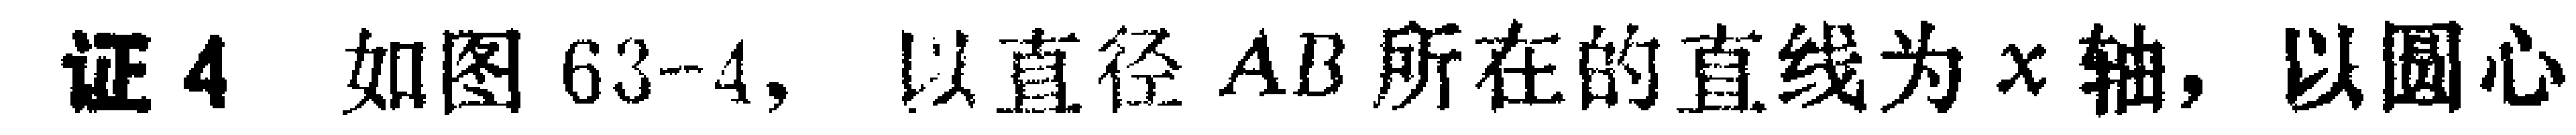
证4 如图63-4, 以直径 \(AB\) 所在的直线为 \(x\) 轴, 以圆心